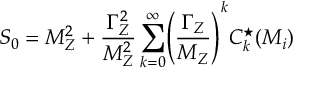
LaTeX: S _ { 0 } = M _ { Z } ^ { 2 } + \frac { \Gamma _ { Z } ^ { 2 } } { M _ { Z } ^ { 2 } } \sum _ { k = 0 } ^ { \infty } \Biggl ( \frac { \Gamma _ { Z } } { M _ { Z } } \Biggr ) ^ { k } C _ { k } ^ { \star } ( M _ { i } )